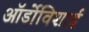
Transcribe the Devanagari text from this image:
ऑर्डोविशाई